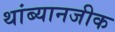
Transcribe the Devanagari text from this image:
थांब्यानजीक